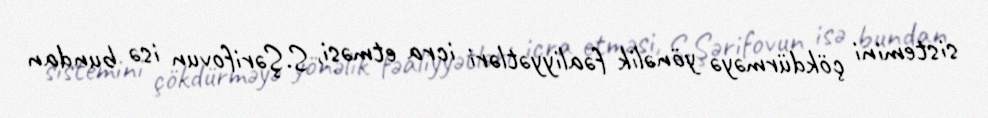
sistemini çökdürməyə yönəlik fəaliyyətləri icra etməsi, S.Şərifovun isə bundan